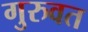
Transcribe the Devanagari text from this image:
गुरुवत